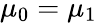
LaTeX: \mu_{0}=\mu_{1}